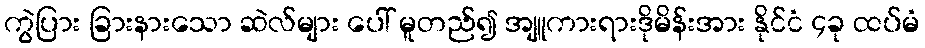
ကွဲပြား ခြားနားသော ဆဲလ်များ ပေါ် မူတည်၍ အျူကားရားဒိုမိန်းအား နိုင်ငံ ၄ခု ထပ်မံ